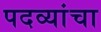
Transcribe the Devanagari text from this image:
पदव्यांचा